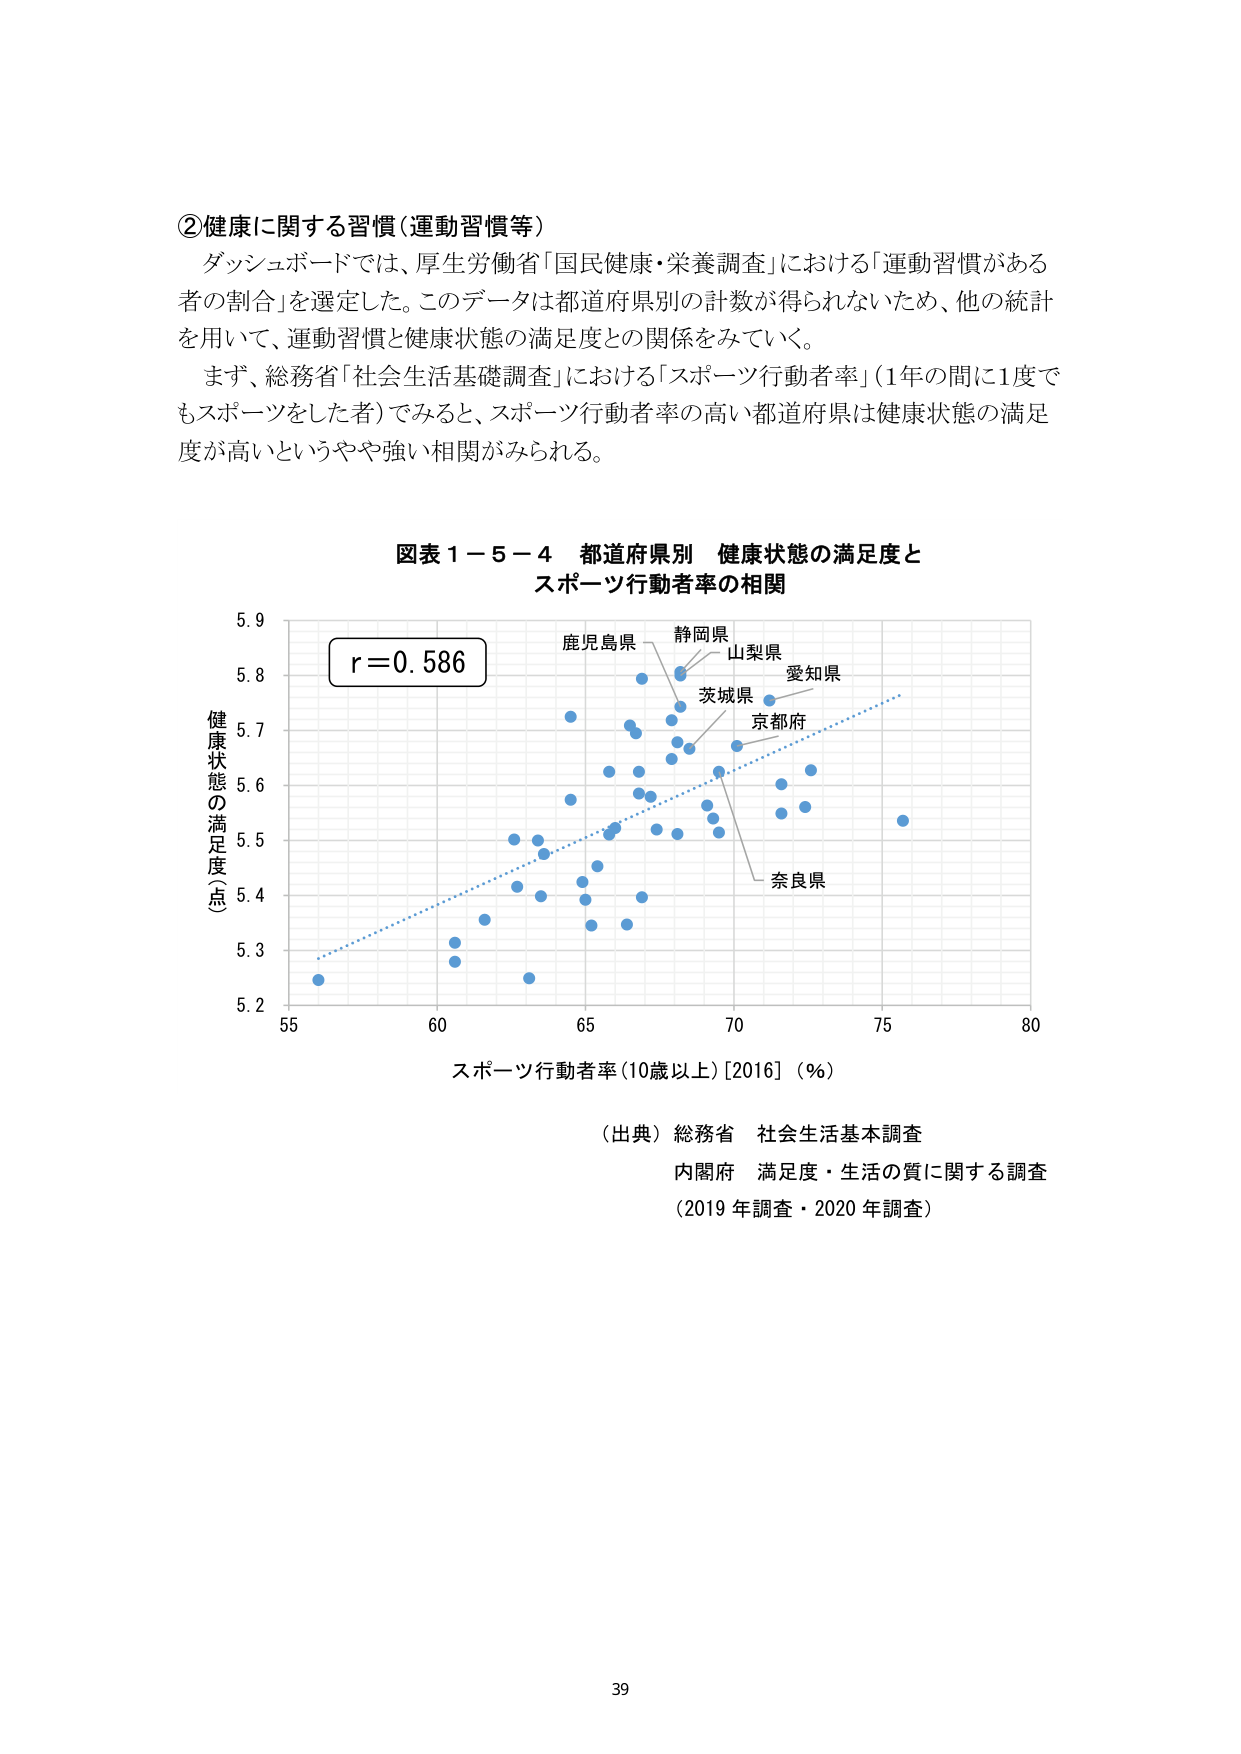
②健康に関する習慣（運動習慣等）
ダッシュボードでは、厚生労働省「国民健康・栄養調査」における「運動習慣がある者の割合」を選定した。このデータは都道府県別の計数が得られないため、他の統計を用いて、運動習慣と健康状態の満足度との関係をみていく。
まず、総務省「社会生活基礎調査」における「スポーツ行動者率」（1年の間に1度でもスポーツをした者）でみると、スポーツ行動者率の高い都道府県は健康状態の満足度が高いというやや強い相関がみられる。

図表１－５－４ 都道府県別 健康状態の満足度と
スポーツ行動者率の相関

r＝0.586
健康状態の満足度（点）
5.9
5.8
5.7
5.6
5.5
5.4
5.3
5.2
55 60 65 70 75 80
スポーツ行動者率（10歳以上）［2016］（％）

鹿児島県
静岡県
山梨県
愛知県
茨城県
京都府
奈良県

（出典）総務省 社会生活基本調査
内閣府 満足度・生活の質に関する調査
（2019年調査・2020年調査）

39